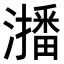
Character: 𭳐